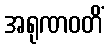
အရုဏဝတိံ